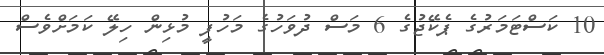
10 ކަސްޓަމަރުގެ ޕެކޭޖުގެ 6 މަސް ދުވަހުގެ މަހުފީ މުޅިން ހިލޭ ކަމަށްވެސް